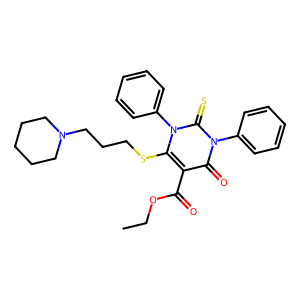
SMILES: CCOC(=O)c1c(SCCCN2CCCCC2)n(-c2ccccc2)c(=S)n(-c2ccccc2)c1=O
Inhibits HIV replication: No